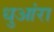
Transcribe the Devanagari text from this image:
धुआंरा